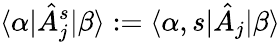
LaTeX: \langle\alpha|\hat{A}_{j}^{s}|\beta\rangle:=\langle\alpha,s|\hat{A}_{j}|\beta\rangle